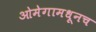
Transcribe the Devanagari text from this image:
ओमेगामधूनच